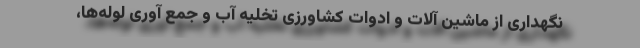
نگهداری از ماشین آلات و ادوات کشاورزی تخلیه آب و جمع آوری لوله‌ها،